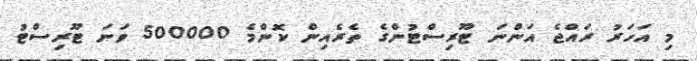
މި އަހަރު ރައްޖެ އަންނަ ޓޫރިސްޓުންގެ ތެރެއިން ކޮންމެ 500000 ވަނަ ޓޫރިސްޓު